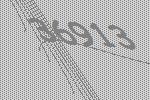
36913